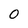
Character: 0